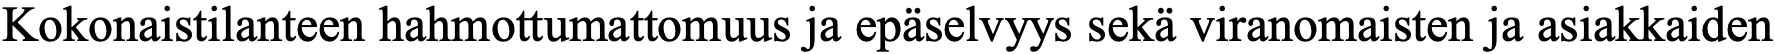
Kokonaistilanteen hahmottumattomuus ja epäselvyys sekä viranomaisten ja asiakkaiden